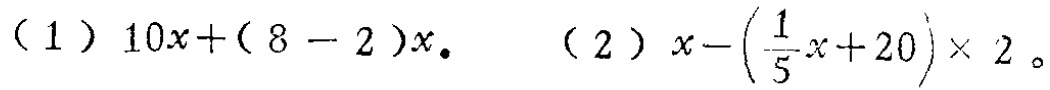
（1）\(10x+(8 - 2)x\)。 （2）\(x-\left(\frac{1}{5}x + 20\right)\times2\)。